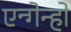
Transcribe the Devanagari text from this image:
एन्गेन्हो